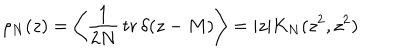
\rho _ { N } ( z ) = \left\langle \frac { 1 } { 2 N } \, \mathrm { t r } \, \delta ( z - M ) \right\rangle = | z | K _ { N } ( z ^ { 2 } , z ^ { 2 } )